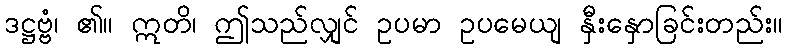
ဒဋ္ဌဗ္ဗံ၊ ၏။ ဣတိ၊ ဤသည်လျှင် ဥပမာ ဥပမေယျ နှီးနှောခြင်းတည်း။